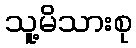
သူ့မိသားစု